Reports on military cantonments and civil stations in the Presidency of Bombay inspected by the Sanitary Commissioner in the years 1875 and 1876
Year: 1875
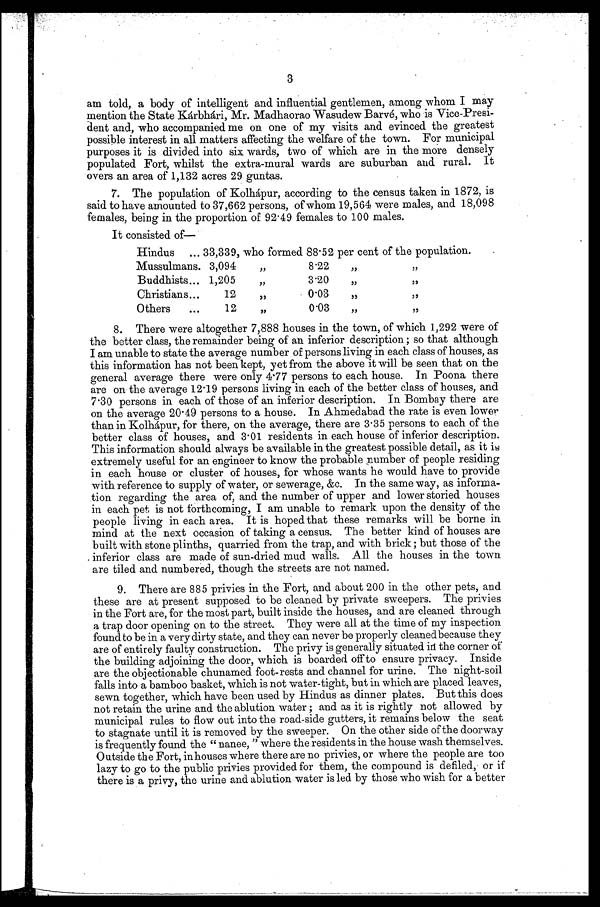
3
am told, a body of intelligent and influential gentlemen, among whom I may
mention the State Kárbhári, Mr. Madhaorao Wasudew Barvé, who is Vice-Presi-
dent and, who accompanied me on one of my visits and evinced the greatest
possible interest in all matters affecting the welfare of the town. For municipal
purposes it is divided into six wards, two of which are in the more densely
populated Fort, whilst the extra-mural wards are suburban and rural. It
overs an area of 1,132 acres 29 guntas.
7. The population of Kolhápur, according to the census taken in 1872, is
said to have amounted to 37,662 persons, of whom 19,564 were males, and 18,098
females, being in the proportion of 92 . 49 females to 100 males.
It consisted of
Hindus ... 33,339, who formed 88 . 52 per cent of the population.
Mussulmans. 3,094
"
8.22
"
, B u d d h i s t s . . . 1 , 2 0 5
3 . 2 0
Christi ans... 1 2
0 . 0 3
"
Others
...
12
0.03
"
8. There were altogether 7,888 houses in the town, of which 1,292 were of
the better class, the remainder being of an inferior description ; so that although
I am unable to state the average number of persons living in each class of houses, as
this information has not been kept, yet from the above it will be seen that on the
general average there were only 4.77 persons to each house. In Poona there
are on the average 12 . 19 persons living in each of the better class of houses, and
7 . 30 persons in each of those of an inferior description. In Bombay there are
on the average 20 . 49 persons to a house. In Ahmedabad the rate is even lower
t han i n Kol hápur , f or t her e, on t he aver age, t her e ar e 3. 3 5 p e r s o n s t o e a c h o f t h e
better class of houses, and 3 . 01 residents in each house of inferior description.
This information should always be available in the greatest possible detail, as it is
extremely useful for an engineer to know the probable number of people residing
in each house or cluster of houses, for whose wants he would have to provide
with reference to supply of water, or sewerage, &c. In the same way, as informa-
tion regarding the area of, and the number of upper and lower storied houses
in each pet is not forthcoming, I am unable to remark upon the density of the
people living in each area. It is hoped that these remarks will be borne in
mind at the next occasion of taking a census. The better kind of houses are
built with stone plinths, quarried from the trap, and with brick ; but those of the
. inferior class are made of sun-dried mud walls. All the houses in the town
are tiled and numbered, though the streets are not named.
9. There are 885 privies in the Fort, and about 200 in the other pets, and
these are at present supposed to be cleaned by private sweepers. The privies
in the Fort are, for the most part, built inside the houses, and are cleaned through
a trap door opening on to the street. They were all at the time of my inspection
found to be in a very dirty state, and they can never be properly cleaned because they
are of entirely faulty construction. The privy is generally situated in the corner of
the building adjoining the door, which is boarded off to ensure privacy. Inside
are the objectionable chunamed foot-rests and channel for urine. The night-soil
falls into a bamboo basket, which is not water-tight, but in which are placed leaves,
sewn together, which have been used by Hindus as dinner plates. But this does
not retain the urine and the ablution water ; and as it is rightly not allowed by
municipal rules to flow out into the road-side gutters, it remains below the seat
to stagnate until it is removed by the sweeper. On the other side of the doorway
is frequently found the " nanee, " where the residents in the house wash themselves.
Outside the Fort, inhouses where there are no privies, or where the people are too
lazy to go to the public privies provided for them, the compound is defiled, or if
there is a privy, the urine and ablution water is led by those who wish for a better